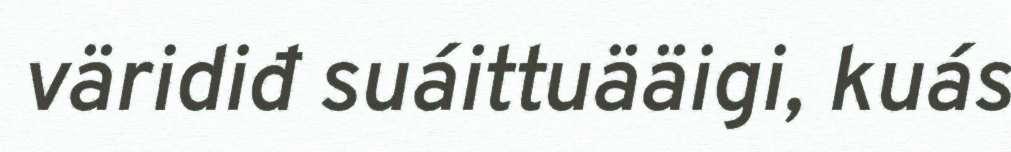
väridiđ suáittuääigi, kuás